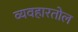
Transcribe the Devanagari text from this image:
व्यवहारतोल